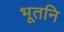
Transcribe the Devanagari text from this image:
भूतनि